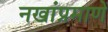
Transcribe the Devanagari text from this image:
नखांप्रमाणे